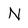
Character: N